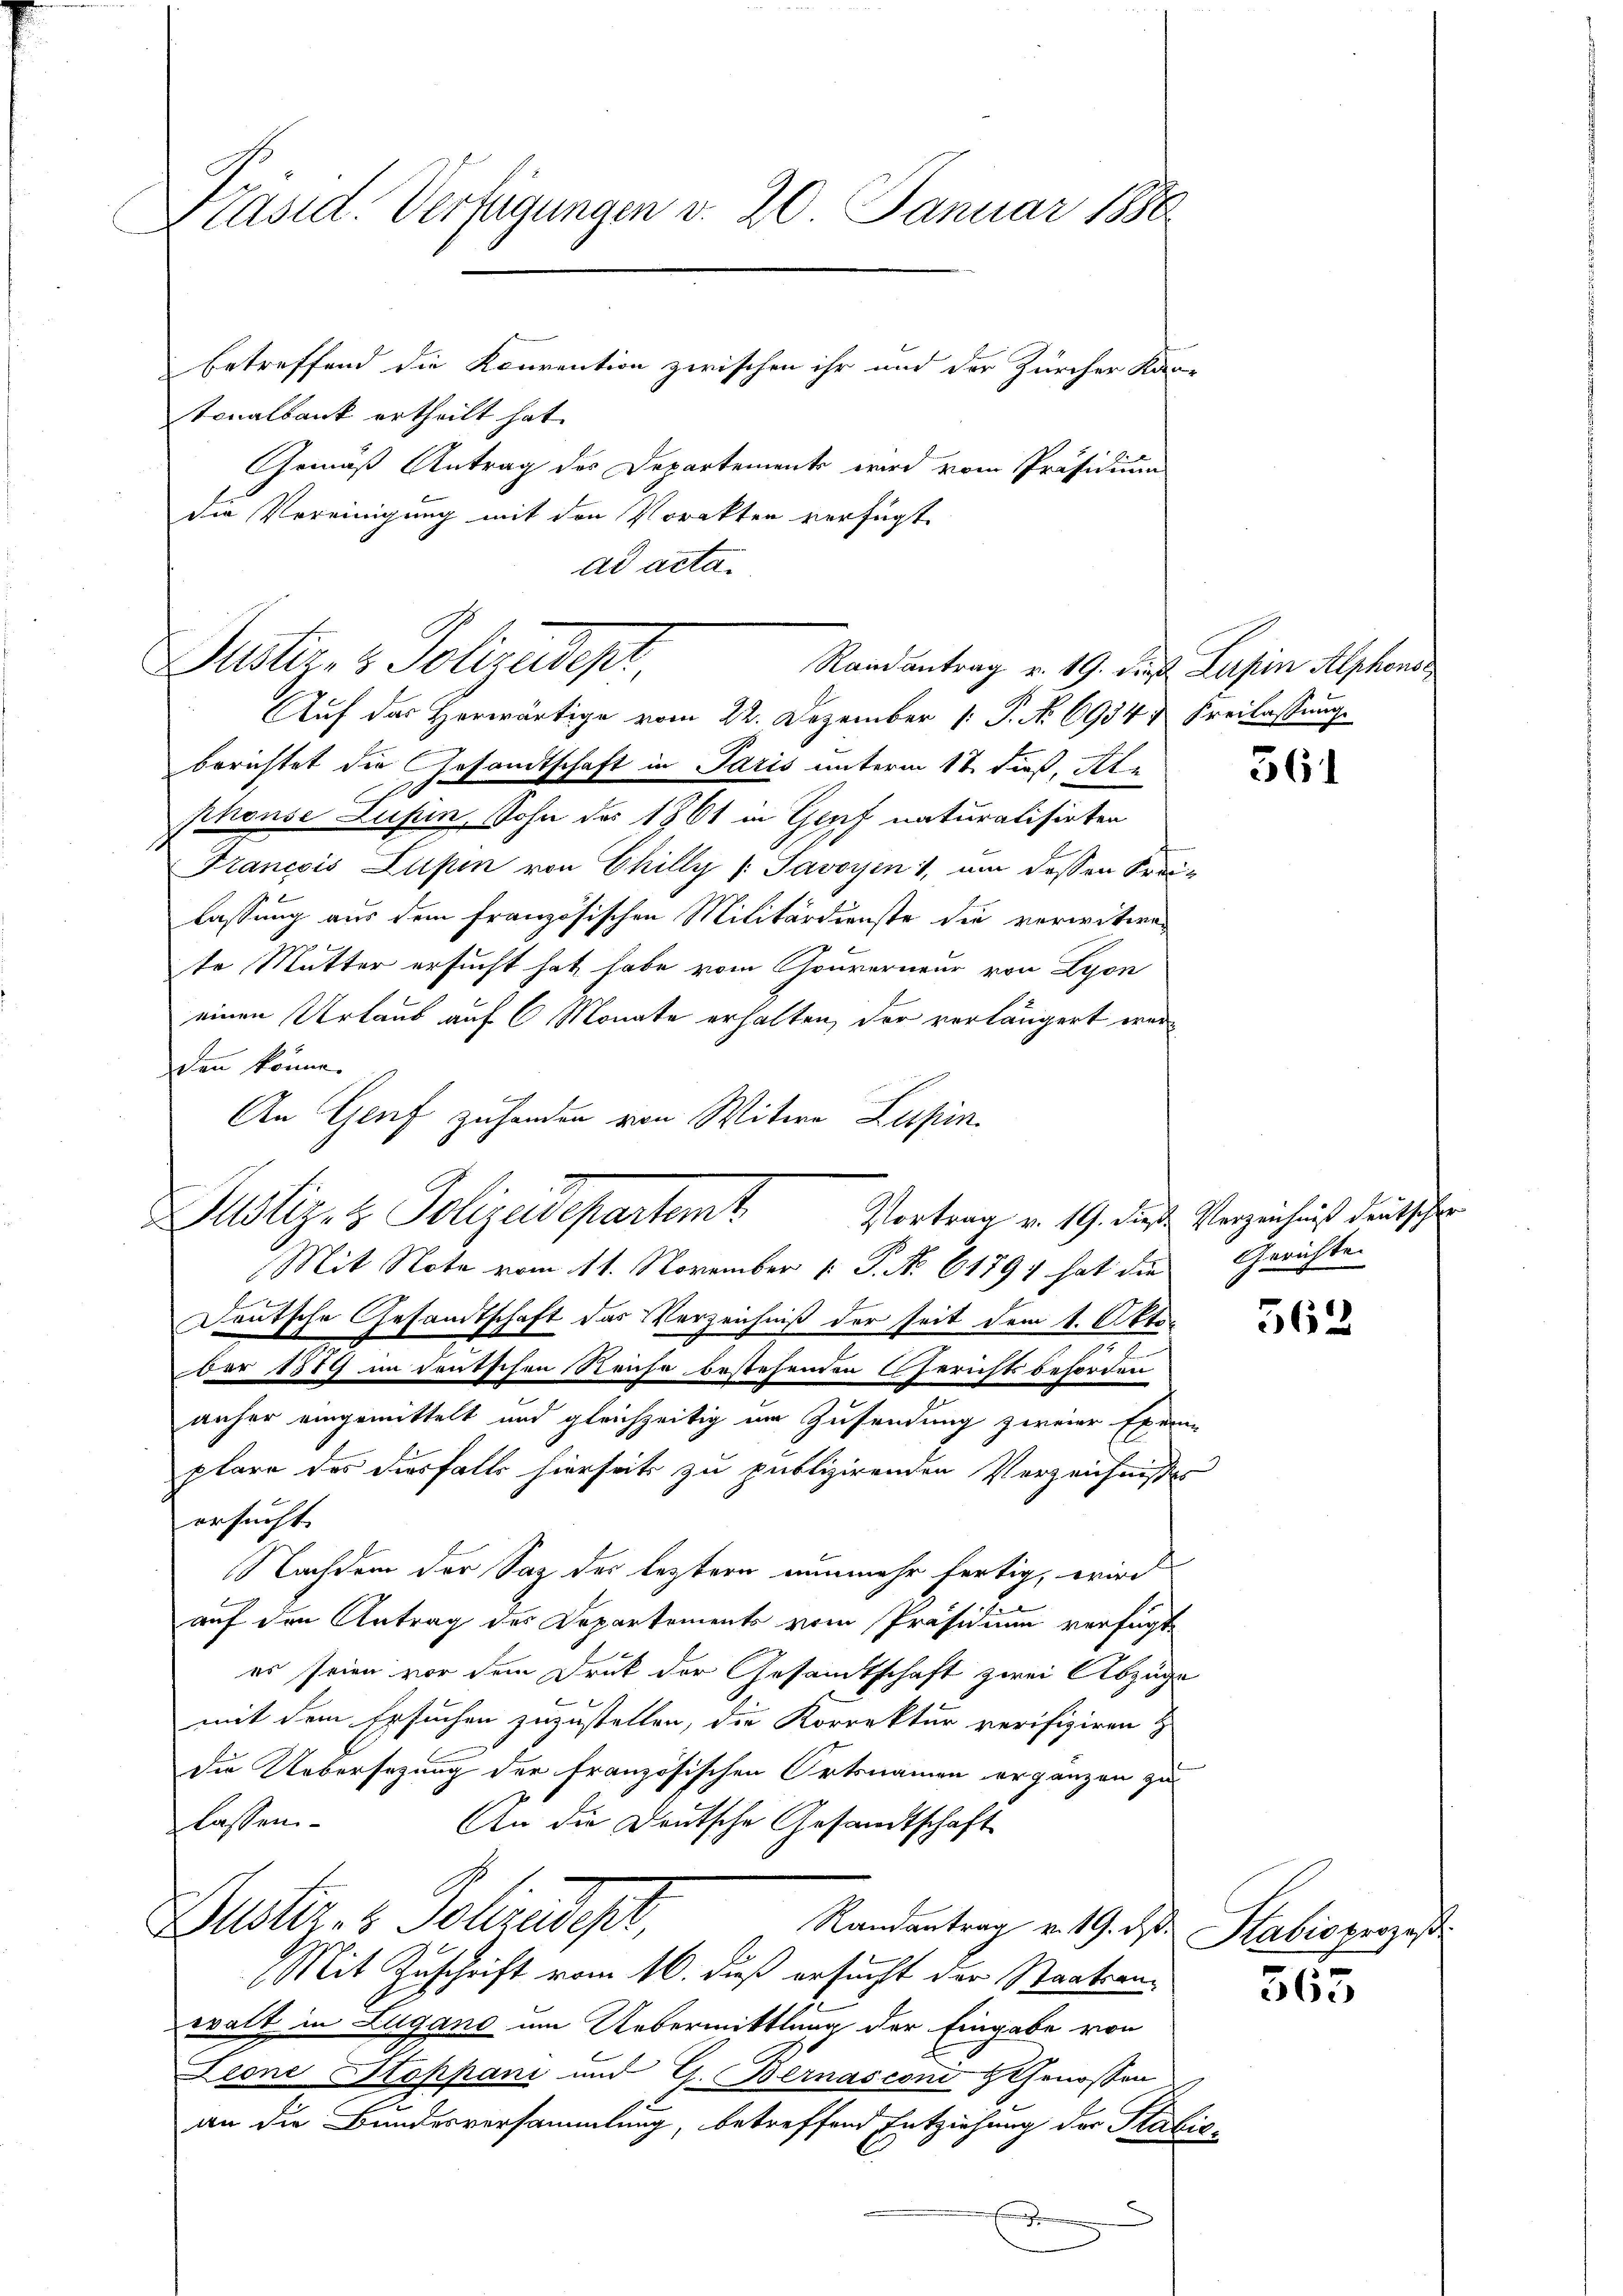
Präsid. Verfügungen v. 20. Januar 1880

tonalbank ertheilt hat.
Gemäß Antrag des Departements wird vom Präsidium
die Vereinigung mit den Vorakten verfügt:
ad acta.

Puster- & Polizedept

Randantrag v. 19. des Lupin Alphons
Auf das Herwärtige vom 22. Dezember 1. P. No 6934 & Freilassung
berichtet die Gesandtschaft in Paris unterm 17. dieß, St.
h
phonse Lufin, Sohn des 1861 in Genf naturalisirten
Francois Lupen von Chilly (Savoyen , um dessen Frei-
lassung aus dem französischen Militärdienste die vorwitwen
b
te Mutter ersucht hat habe vom Gouverneur von Lyon
einen Urlaub auf 6 Monate erhalten, der verlängert werde
den könne.
An Genf zuhanden von Witwe Lupin
Justiz- & Polizeidepartemt
Deutsche Gesandtschaft das Verzeichniß der seit dem 1. Okto¬
Dar 1819 im Teutschen Reiche bestehenden Gerichtsbehörden
anher eingemittelt und gleichzeitig im Zusendung zweier Exem
plare des diesfalls hierseits zu publizirenden Verzeichnisses
ersucht.
Nachdem der Saz des leztern nunmehr fertig, wird
2
auf den Antrag des Departements vom Präsidium verfügte
es seien vor dem Druk der Gesandtschaft zwei Abzüge
mit dem Ersuchen zuzustellen, die Korrektur verifiziren &
Die Uebersezung der französischen Ortsnamen ergänzen zu
glassen
An die Deutsche Gesandtschaft
Guster- & Polizeist,
Randantrag v. 19. ds.
Mit Zuschrift vom 16. dieß ersucht der Staatsanwalt in Lugano um Uebermittlung der Eingabe von
Leone Stoppani und G. Bernasconi Genossen
an die Bundesversammlung, betreffend Entziehung der Stabis-
g

betreffend die Konvention zwischen ihr und der Zürcher Kar-

Mit Note vom 11. November 1. P. Nr. 61797 hat die Gerichte

561

Vortrag v. 19. dieß Verzeichnis deutscher

562

Stabio prozeß

565